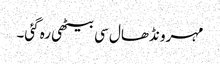
مہرو نڈھال سی بیٹھی رہ گئی۔